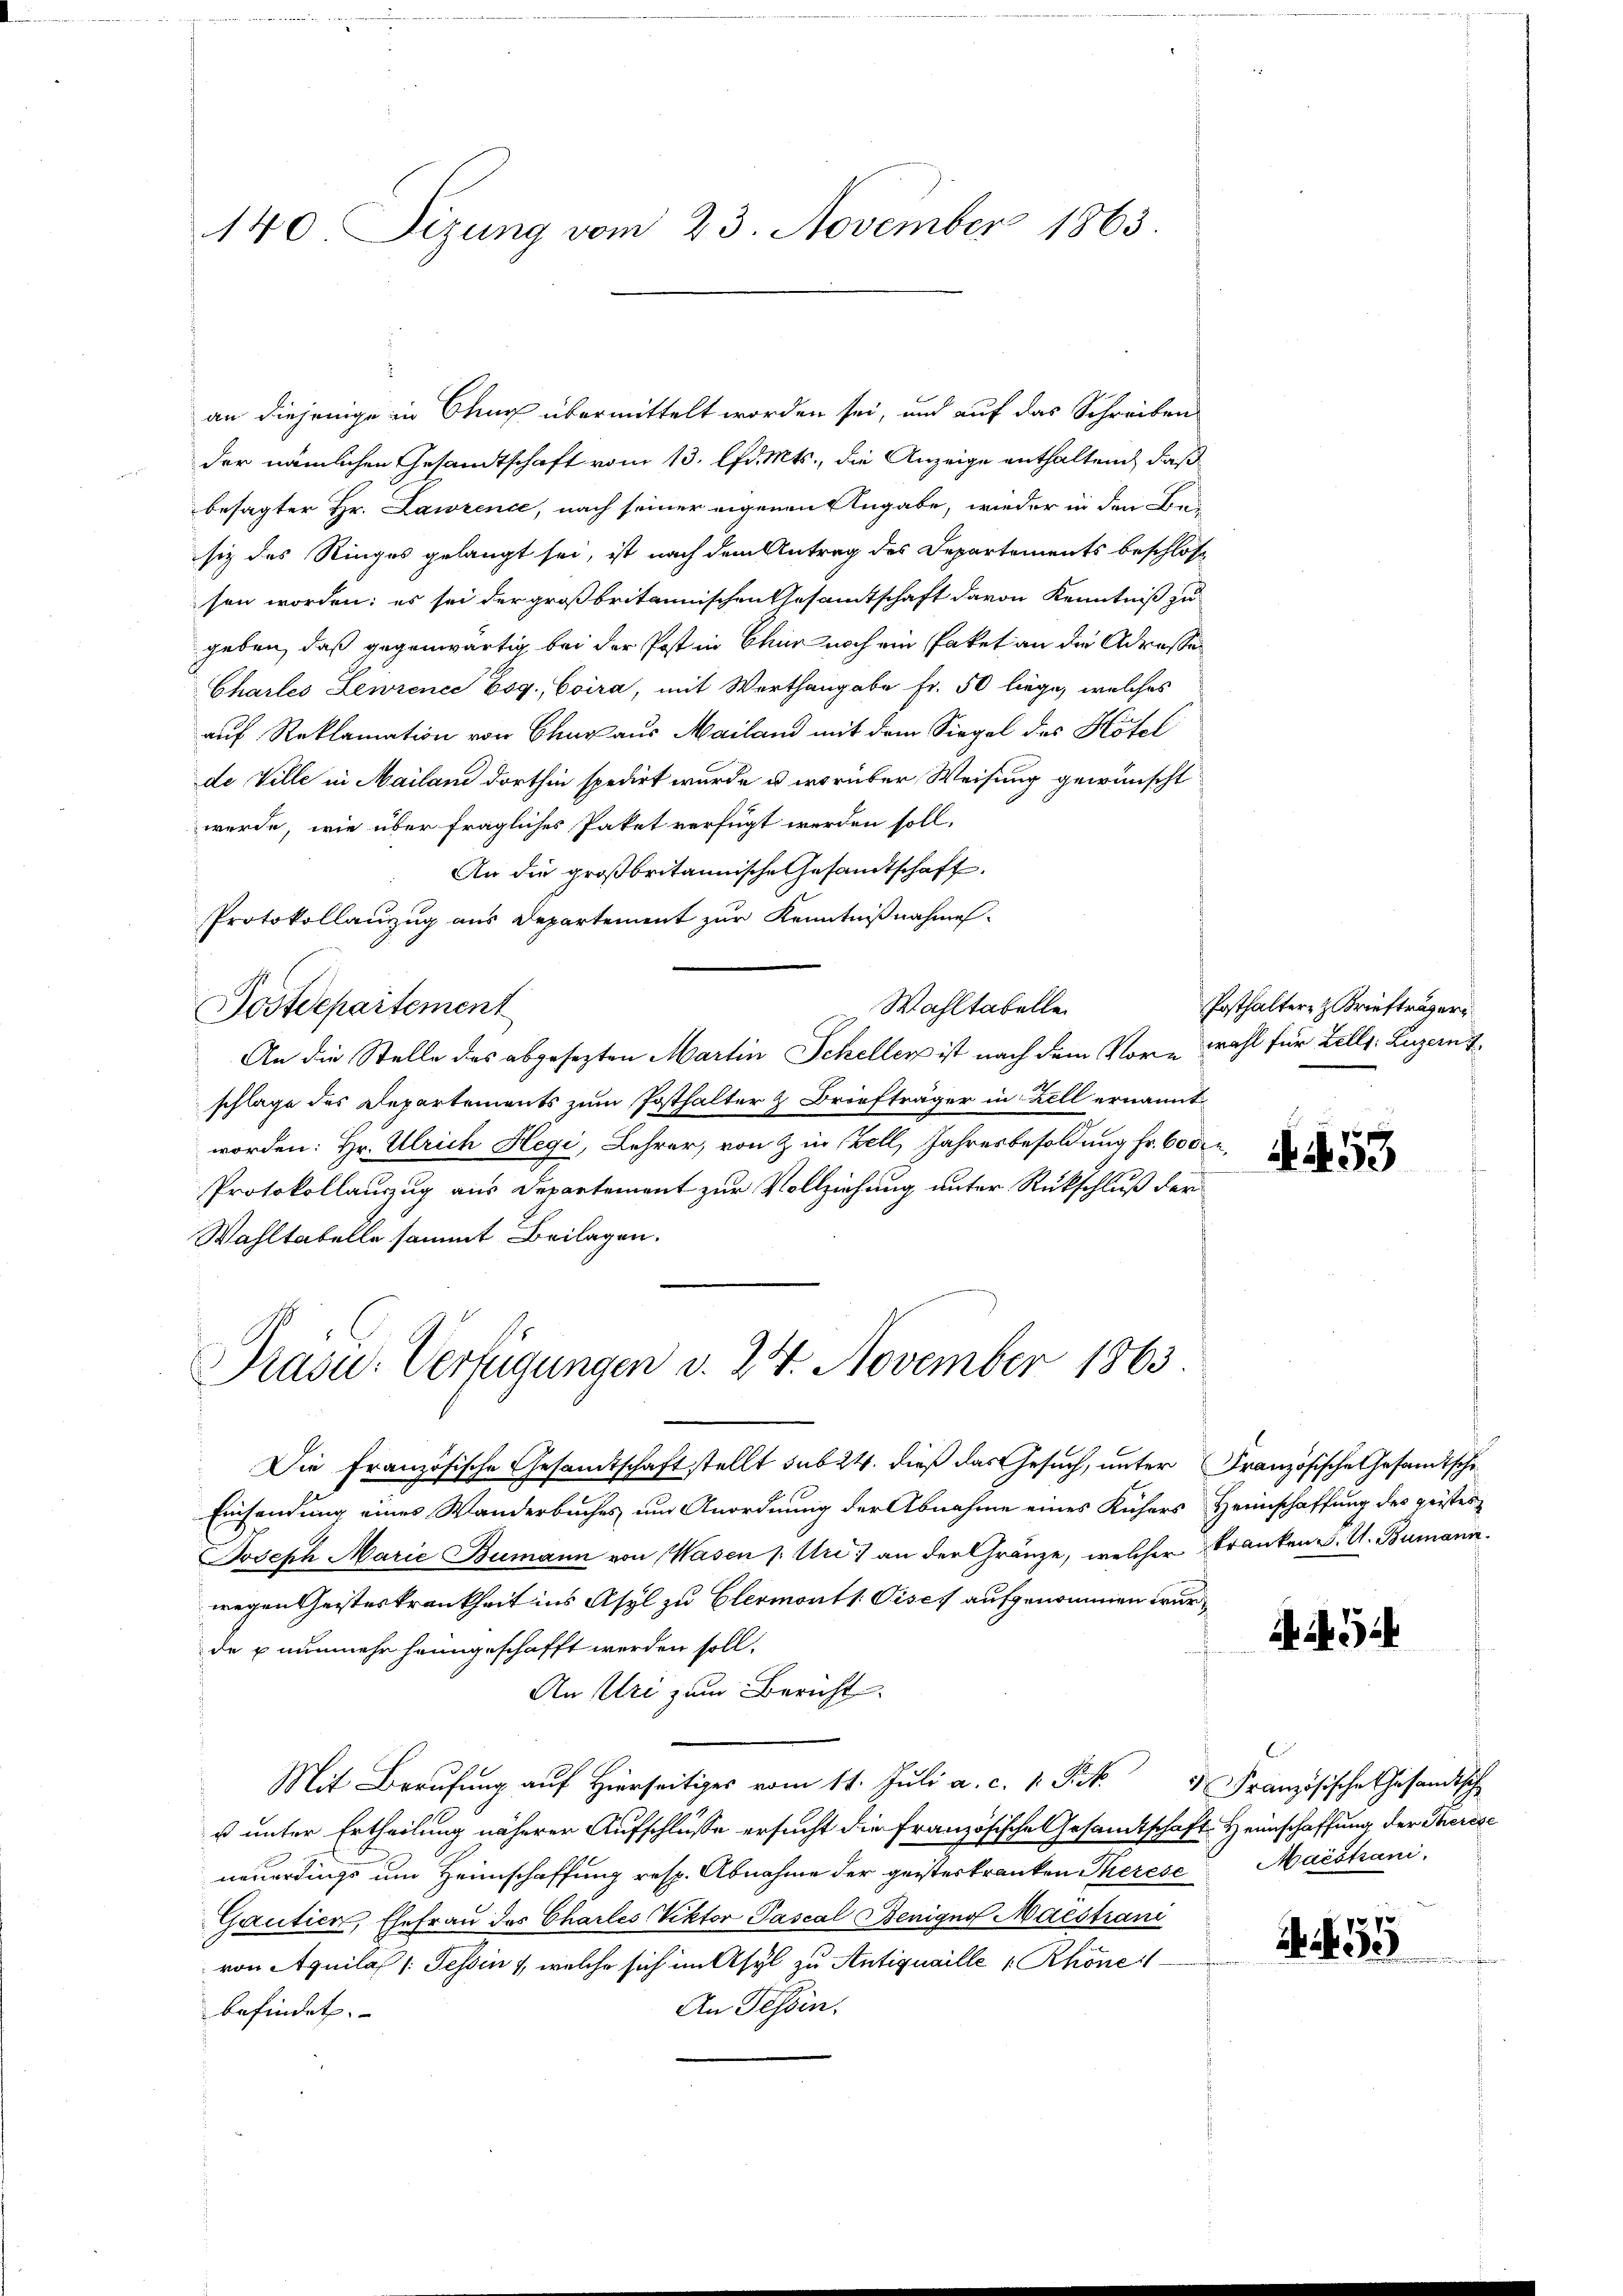
140 Sizung vom 23. November 1863.

an diejenige in Chur übermittelt worden sei, und auf das Schreiben
der nämlichen Gesandtschaft vom 13. lfd. Mts., die Anzeige enthaltend, daß
besagter Hr. Lawrence, nach seiner eigenen Angabe, wieder in den Be-
sie des Ringes gelangt sei, ist nach dem Antrag des Departements beschlos
sen worden; es sei der großbritannischen Gesamtschaft davon Kenntniß zu
geben, daß gegenwärtig bei der Post in Chur noch ein Paket an die Adresse
Charles Lewrence Esg., Coira, mit Werthangabe Fr. 50 liege, welches
auf Reklamation von Chur aus Mailand mit dem Siegel des Hotel
de Ville in Mailand dorthin spedirt wurde u. worüber Weisung gewünscht
werde, wie über fragliches Paket verfügt werden soll,
An die großbritannische Gesandtschaft.
Protokollauszug aus Departement zur Kenntnißnahmes-
Wahltabelle
Postdepartement
An die Stelle des abgesezten Martin Scheller ist nach dem Vor-Wahl für Zelle. Luzern
schlage des Departements zum Posthalter & Briefträger in Zell ernannt
worden: Hr. Ulrich Hegi, Lehrer, von & in Zell, Jahresbesoldung fr. 60 der,
Protokollauszug aus Departement zur Vollziehung unter Rückschluß der
Wahltabelle sammt Beilagen.

Präsid. Verfügungen d. 24. November 1863.

Die Französische Gesandtschaft stellt sub 24. dieß das Gesuch, unter Französische Gesandtsche
Einsendung eines Wanderbuches um Anordnung der Abnahme eines Küchers Heimschaffung des geistes
Joseph Marie Bumann von Wasen /: Uri an der Gränze, welcher Franken S. U. Bumann.
wegen Geisteskrankheit ins Asyl zu Clermonts Tisch aufgenommen wurde & nunmehr heimgeschafft werden soll.
An Uri zum Bericht
Mit Berufung auf Hierseits vom 11. Juli a. c. 1 Pkt.  Französische Gesandtisch
s unter Ertheilung näherer Aufschlüsse ersucht die französische Gesamtschaft Heimschaffung der Therese
neuerdings um Heimschaffung resp. Abnahme der geisterkranken Therese
Gantica, Ehefrau des Charles Viktor Pascal Benigno Maestiani
von Aquila /: Tessin, welche sich im Asyl zu Antiquaille  Rhöne i
An Tessin.
befindet.

Posthalter z. Briefträger

A. 453

ANGi

Maistiani.

455